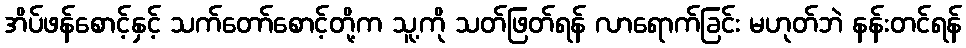
အိပ်ဖန်စောင့်နှင့် သက်တော်စောင့်တို့က သူ့ကို သတ်ဖြတ်ရန် လာရောက်ခြင်း မဟုတ်ဘဲ နန်းတင်ရန်